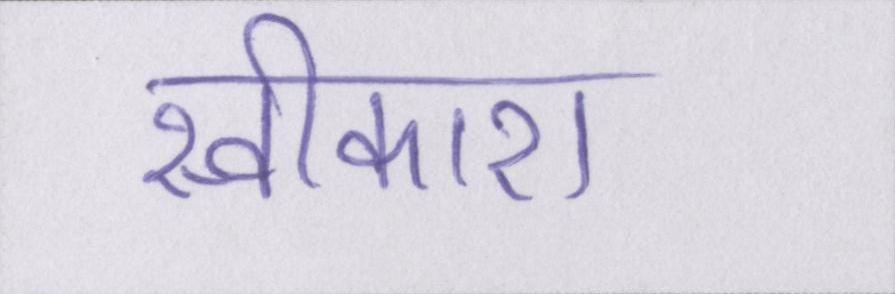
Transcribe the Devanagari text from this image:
स्वीकारा